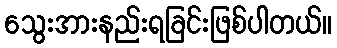
သွေးအားနည်းရခြင်းဖြစ်ပါတယ်။